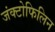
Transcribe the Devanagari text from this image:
जंक्टोफिलिन